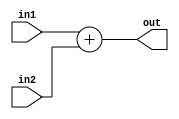
`ifndef _ADDER
`define _ADDER

module adder16(in1, in2 , out);		// Implements a full 16-bit adder
	
	input  [15:0] in1, in2;
	output [15:0] out;

	assign out = in1 + in2;
	
endmodule

`endif